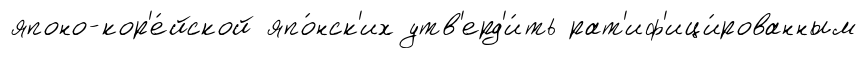
японо-кор'е́йской япо́нск'их утв'ерд'и́ть рат'иф'ици́рованным